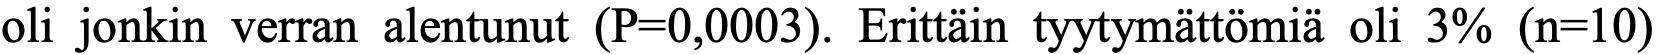
oli jonkin verran alentunut (P=0,0003). Erittäin tyytymättömiä oli 3% (n=10)